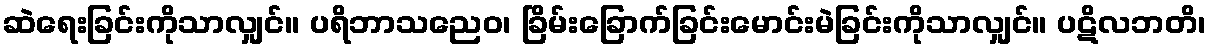
ဆဲရေးခြင်းကိုသာလျှင်။ ပရိဘာသညေဝ၊ ခြိမ်းခြောက်ခြင်းမောင်းမဲခြင်းကိုသာလျှင်။ ပဋိလဘတိ၊